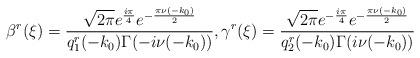
LaTeX: \begin{align*} {\beta^r}(\xi)=\frac{\sqrt{2\pi}e^{\frac{i\pi}{4}}e^{-\frac{\pi \nu(-k_0)}{2}}}{{q}^r_{1}(-k_0)\Gamma(-i\nu(-k_0))}, {\gamma^r}(\xi)=\frac{\sqrt{2\pi}e^{-\frac{i\pi}{4}}e^{-\frac{\pi \nu(-k_0)}{2}}}{{q}^r_{2}(-k_0)\Gamma(i\nu(-k_0))} \end{align*}